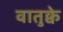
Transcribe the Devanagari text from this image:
वातुक्वे